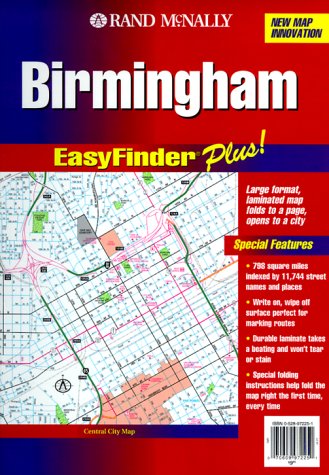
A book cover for Rand McNally Birmingham Al Easyfinder Plus Map; Rand McNally and Company; Travel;